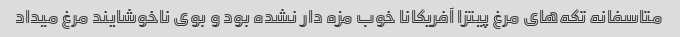
متاسفانه تکه‌های مرغ پیتزا آفریکانا خوب مزه دار نشده بود و بوی ناخوشایند مرغ میداد